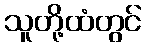
သူတို့ထံတွင်